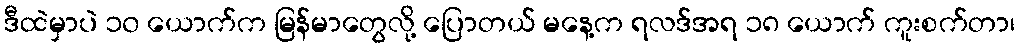
ဒီထဲမှာပဲ ၁၀ ယောက်က မြန်မာတွေလို့ ပြောတယ် မနေ့က ရလဒ်အရ ၁၈ ယောက် ကူးစက်တာ၊